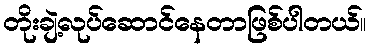
တိုးချဲ့လုပ်ဆောင်နေတာဖြစ်ပါတယ်။